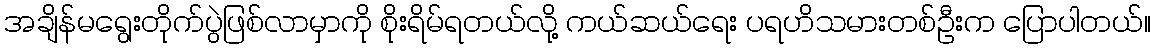
အချိန်မရွေးတိုက်ပွဲဖြစ်လာမှာကို စိုးရိမ်ရတယ်လို့ ကယ်ဆယ်ရေး ပရဟိသမားတစ်ဦးက ပြောပါတယ်။